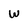
Character: w